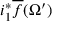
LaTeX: i _ { 1 } ^ { * } { \overline { { f } } } ( \Omega ^ { \prime } )